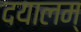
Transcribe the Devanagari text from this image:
दयालम्